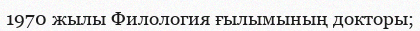
1970 жылы Филология ғылымының докторы;